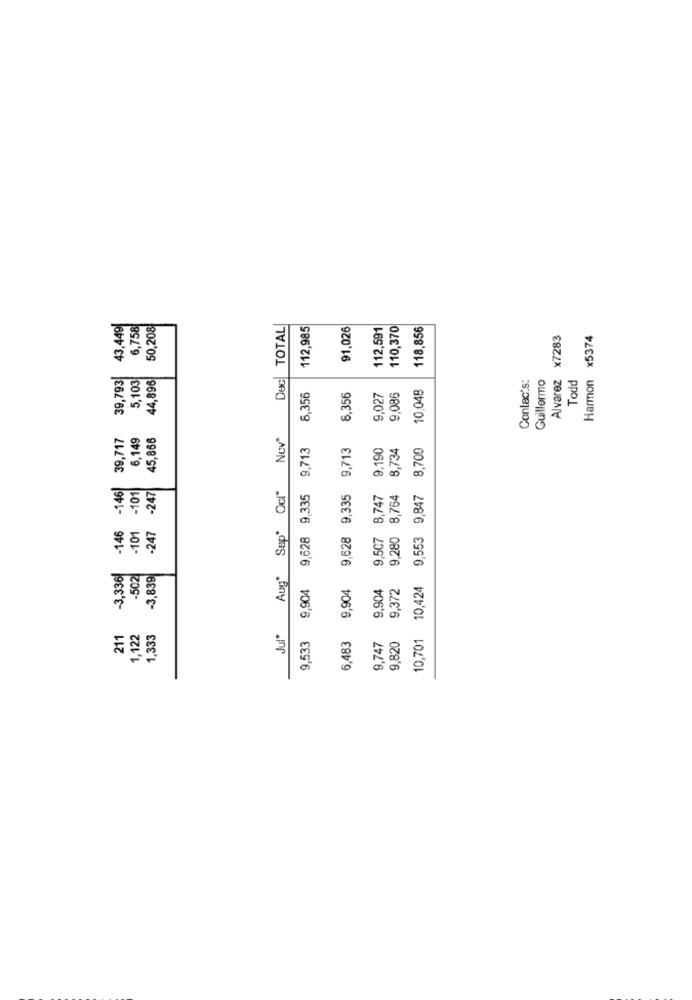
43,449
6,758
50,208
Dec TOTAL
112,985
91,026
112,591
110,370
118,856
Alvarez x7283
Harmon x5374
39,793
5,103
44,896
Contac's:
Guillermo
Todd
10,048
6,356
6,35€
9,027
9,086
39,717
6,149
45,866
Nov*
9,713
9,713
9.190
8,734
9,553 9,847 8,709
-146
-101
-247
Aug" Sep' Ocl"
9,628 9,335
9,628 9,335
9,507 8,747
9,280 8,764
-146
-101
-247
-3,336
-502
-3,839
9,904
9,904
9,904
9,372
10,424
211
1,122
1,333
Jul*
9,533
6,483
10,701
9,747
9,820